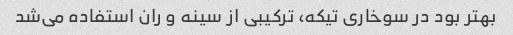
بهتر بود در سوخاری تیکه، ترکیبی از سینه و ران استفاده می‌شد